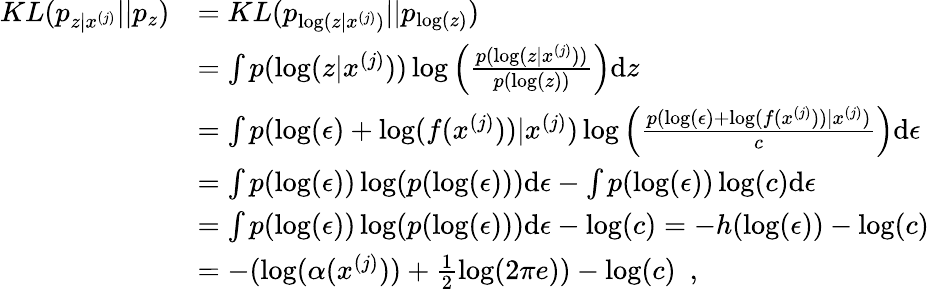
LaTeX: \begin{array}{rl}{KL(p_{z|x^{(j)}}||p_{z})}&{=KL(p_{\log(z|x^{(j)})}||p_{\log(z)})}\\ &{=\int p(\log(z|x^{(j)}))\log\left(\frac{p(\log(z|x^{(j)}))}{p(\log(z))}\right)\mathrm{d}z}\\ &{=\int p(\log(\epsilon)+\log(f(x^{(j)}))|x^{(j)})\log\left(\frac{p(\log(\epsilon)+\log(f(x^{(j)}))|x^{(j)})}{c}\right)\mathrm{d}\epsilon}\\ &{=\int p(\log(\epsilon))\log(p(\log(\epsilon)))\mathrm{d}\epsilon-\int p(\log(\epsilon))\log(c)\mathrm{d}\epsilon}\\ &{=\int p(\log(\epsilon))\log(p(\log(\epsilon)))\mathrm{d}\epsilon-\log(c)=-h(\log(\epsilon))-\log(c)}\\ &{=-(\log(\alpha(x^{(j)}))+\frac{1}{2}\log(2\pi e))-\log(c)\enspace,}\end{array}